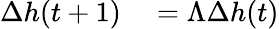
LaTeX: \begin{array}{rl}{\Delta h(t+1)}&{{}=\Lambda\Delta h(t)}\end{array}